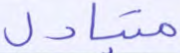
متبادل